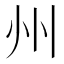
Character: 州